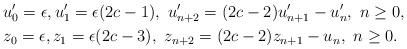
LaTeX: \begin{align*}& u_{0}^{\prime}=\epsilon,u_{1}^{\prime}=\epsilon(2c-1),\ u_{n+2}^{\prime}=(2c-2)u_{n+1}^{\prime}-u_{n}^{\prime},\ n\geq0,\\& z_{0}=\epsilon,z_{1}=\epsilon(2c-3),\ z_{n+2}=(2c-2)z_{n+1}-u_{n},\ n\geq0.\end{align*}